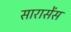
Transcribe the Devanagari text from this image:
सारासेंस